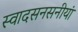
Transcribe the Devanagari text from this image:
स्वादसनसनीयां